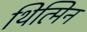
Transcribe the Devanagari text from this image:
थित्मिन